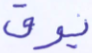
يوق